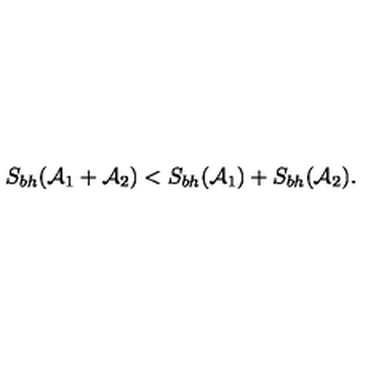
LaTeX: S _ { b h } ( { \cal A } _ { 1 } + { \cal A } _ { 2 } ) < S _ { b h } ( { \cal A } _ { 1 } ) + S _ { b h } ( { \cal A } _ { 2 } ) .